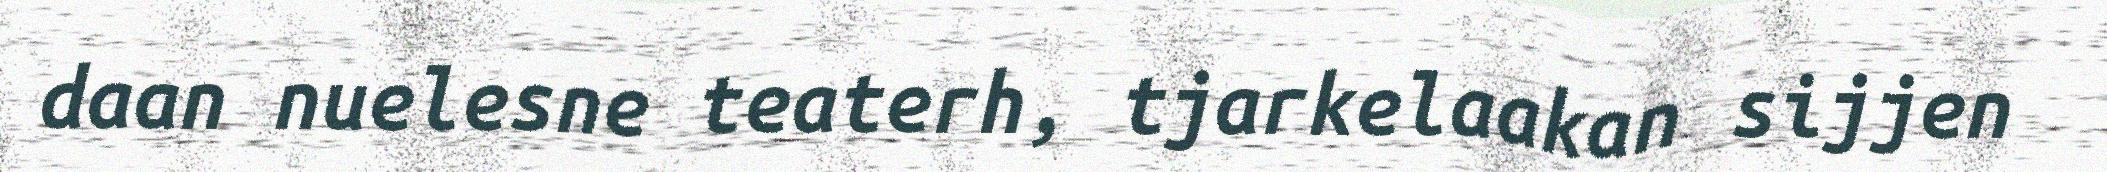
daan nuelesne teaterh, tjarkelaakan sijjen